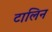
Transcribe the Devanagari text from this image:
टालिन